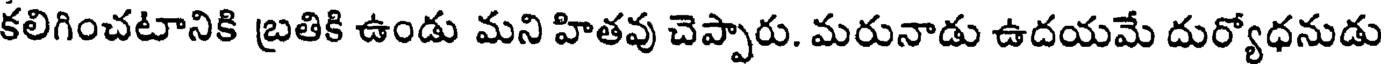
కలిగించటానికి బ్రతికి ఉండు మని హితవు చెప్పారు. మరునాడు ఉదయమే దుర్యోధనుడు